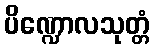
ပိဏ္ဍောလသုတ္တံ